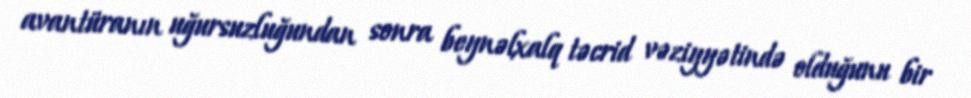
avantüranın uğursuzluğundan sonra beynəlxalq təcrid vəziyyətində olduğunu bir